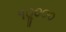
૧૦ૢ૦૦૦